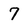
Character: 7